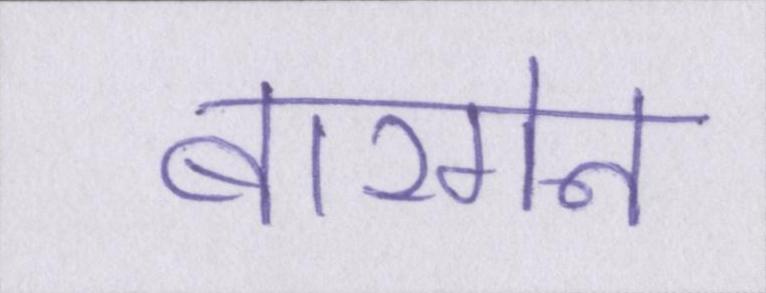
बारगेन